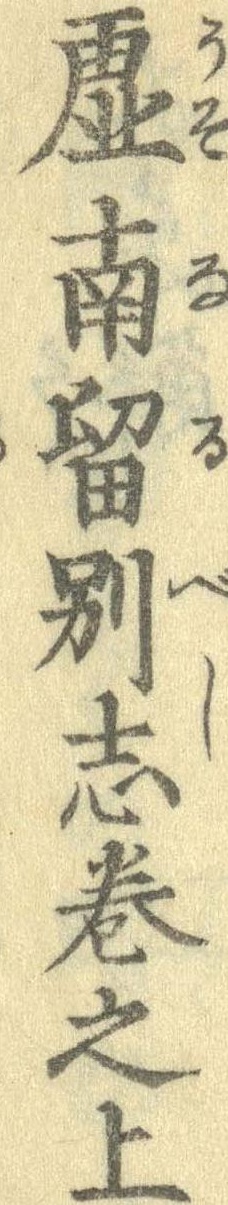
虚南留別志巻之上